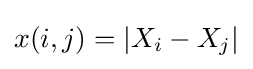
x(i,j)=|X_{i}-X_{j}|